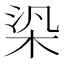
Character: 𣑃